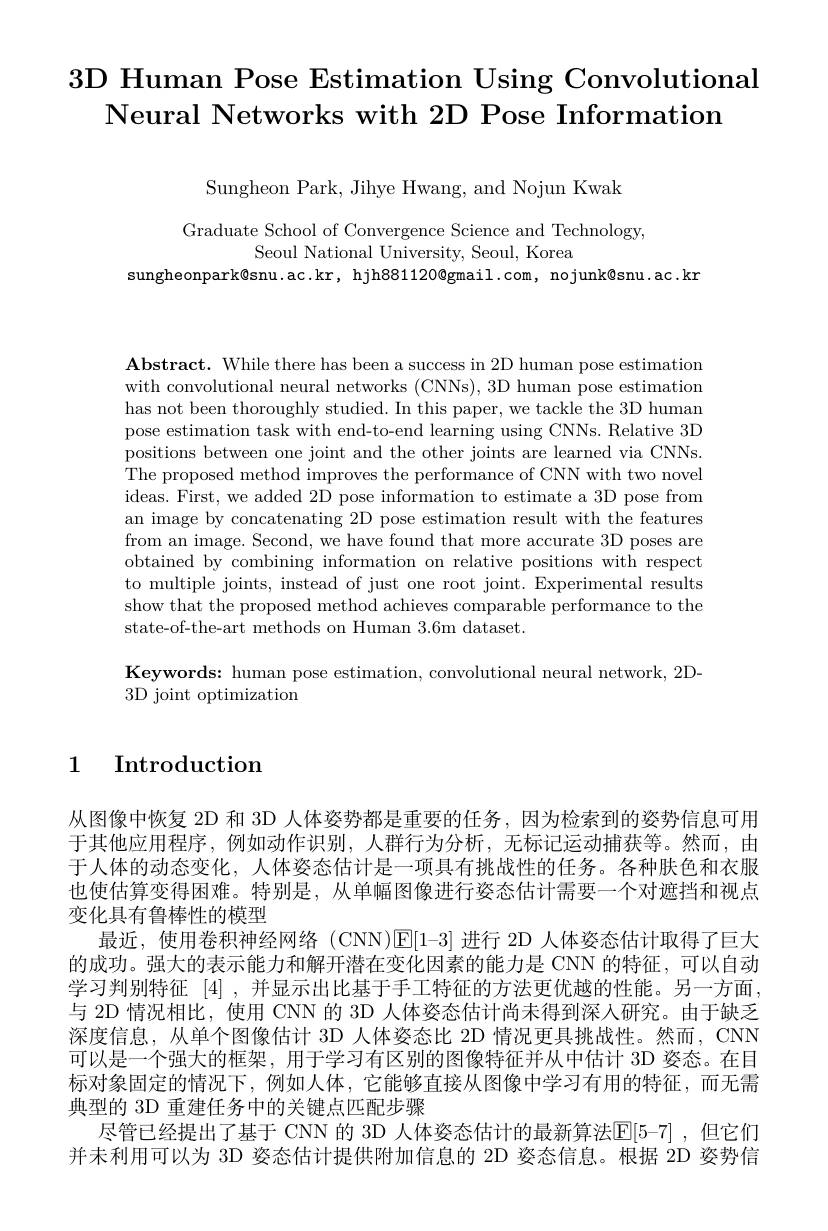
# 3D Human Pose Estimation Using Convolutional Neural Networks with 2D Pose Information

Sungheon Park, Jihye Hwang, and Nojun Kwak

Graduate School of Convergence Science and Technology,
Seoul National University, Seoul, Korea
sungheonpark@snu.ac.kr, hjh881120@gmail.com, nojunk@snu.ac.kn

$\mathbf{Abstract.~While~there~has~been~a~success~in~2D~human~pose~estimation}$ with convolutional neural networks (CNNs), 3D human pose estimation has not been thoroughly studied. In this paper, we tackle the 3D human pose estimation task with end-to-end learning using CNNs. Relative 3D positions between one joint and the other joints are learned via CNNs. The proposed method improves the performance of CNN with two novel ideas. First, we added 2D pose information to estimate a 3D pose from an image by concatenating 2D pose estimation result with the features from an image. Second, we have found that more accurate 3D poses are obtained by combining information on relative positions with respect to multiple joints, instead of just one root joint. Experimental results show that the proposed method achieves comparable performance to the state-of-the-art methods on Human 3.6m dataset.

Keywords: human pose estimation, convolutional neural network, 2D-
3D joint optimization

1 Introduction

从图像中恢复 2D 和 3D 人体姿势都是重要的任务，因为检索到的姿势信息可用于其他应用程序，例如动作识别，人群行为分析，无标记运动捕获等。然而，由于人体的动态变化，人体姿态估计是一项具有挑战性的任务。各种肤色和衣服也使估算变得困难。特别是，从单幅图像进行姿态估计需要一个对遮挡和视点变化具有鲁棒性的模型
最近，使用卷积神经网络 (CNN)E[1-3]进行 2D 人体姿态估计取得了巨大的成功。强大的表示能力和解开潜在变化因素的能力是 CNN 的特征，可以自动学习判别特征[4],并显示出比基于手工特征的方法更优越的性能。另一方面与 2D 情况相比，使用 CNN 的 3D 人体姿态估计尚未得到深入研究。由于缺乏深度信息，从单个图像估计 3D 人体姿态比 2D 情况更具挑战性。然而，CNN 可以是一个强大的框架，用于学习有区别的图像特征并从中估计 3D 姿态。在目标对象固定的情况下，例如人体，它能够直接从图像中学习有用的特征，而无需典型的 3D 重建任务中的关键点匹配步骤
尽管已经提出了基于 CNN 的 3D 人体姿态估计的最新算法$\boxed{\mathrm{E}}[5-7]$ ,但它们并未利用可以为 3D 姿态估计提供附加信息的 2D 姿态信息。根据 2D 姿势信